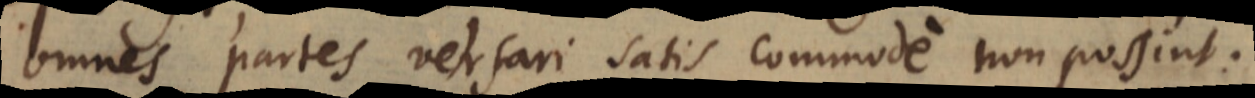
omnes partes versari satis commode non possint.